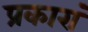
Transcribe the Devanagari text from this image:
प्रकारां